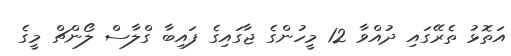
އަތޮޅު ތެރޭގައި ދުއްވާ 12 މީހުންގެ ޖާގައިގެ ފައިބާ ގްލާސް ލޯންޗް މީގެ